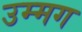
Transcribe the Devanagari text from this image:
उम्मग